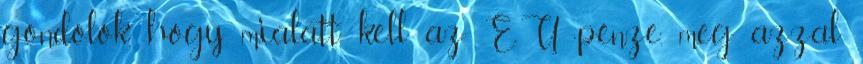
gondolok, hogy mialatt kell az EU pénze, meg azzal